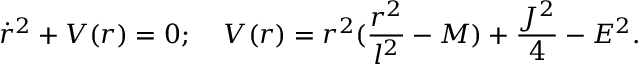
\dot { r } ^ { 2 } + V ( r ) = 0 ; \; \; \; \; V ( r ) = r ^ { 2 } ( \frac { r ^ { 2 } } { l ^ { 2 } } - M ) + \frac { J ^ { 2 } } { 4 } - E ^ { 2 } .